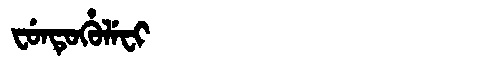
Manchu: ᠸᡠᠨᡨᡠᡥᡠᠯᡝᠸᡳ
Romanization: FUNTUHULEFI